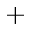
+